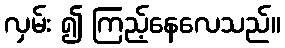
လှမ်း ၍ ကြည့်နေလေသည်။